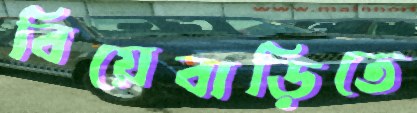
বিয়েবাড়িতে